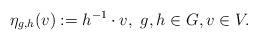
LaTeX: \begin{align*}\eta_{g,h}(v):=h^{-1}\cdot v, \ g,h \in G, v\in V.\end{align*}